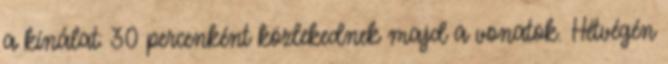
a kínálat: 30 percenként közlekednek majd a vonatok. Hétvégén